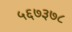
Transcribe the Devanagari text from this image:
५६७३७८